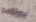
ببرنامج